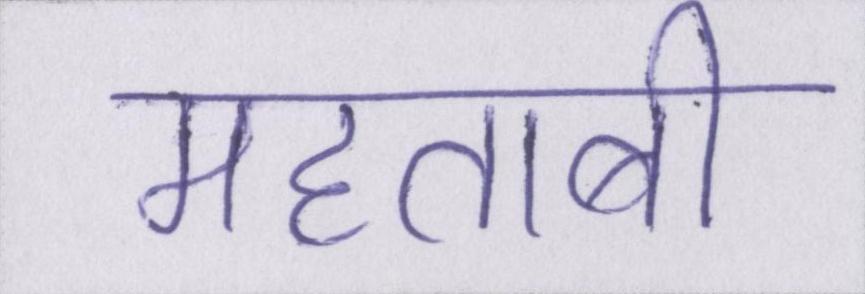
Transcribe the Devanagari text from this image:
महताबी